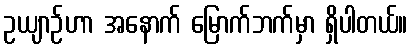
ဥယျာဉ်ဟာ အနောက် မြောက်ဘက်မှာ ရှိပါတယ်။